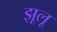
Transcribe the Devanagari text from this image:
झूलू